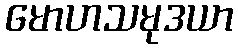
မောဟသမုဒယာ